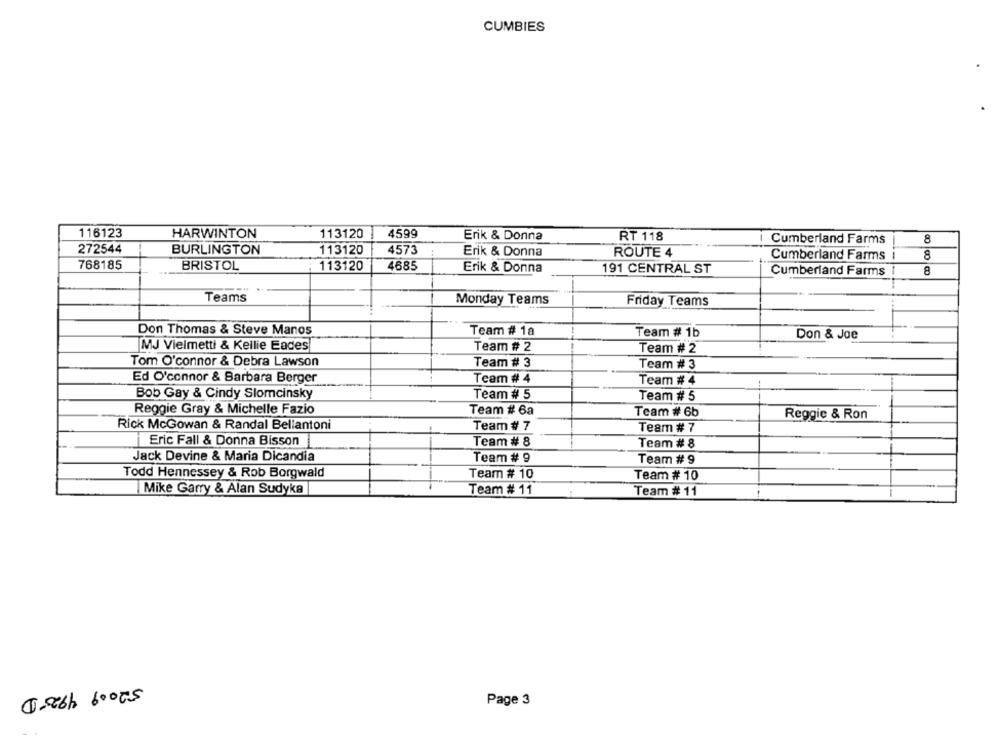
CUMBIES
116123
HARWINTON
113120
4599
Erik & Donna
RT 118
Cumberland Farms
8
272544
BURLINGTON
113120
4573
Erik & Donna
ROUTE 4
Cumberland Farms
8
768185
BRISTOL
113120
4685
Erik & Donna
191 CENTRAL ST
Cumberland Farms
8
Teams
Monday Teams
Friday Teams
Don Thomas & Steve Manos
Team # 1a
Team # 1b
Don & Joe
MJ Vielmetti & Kellie Eades
Team # 2
Team # 2
Tom O'connor & Debra Lawson
Team # 3
Team # 3
Ed O'connor & Barbara Berger
Team # 4
Team # 4
Bob Gay & Cindy Slomcinsky
Team # 5
Team # 5
Reggie Gray & Michelle Fazio
Team # 6a
Team # 6b
Reggic & Ron
Rick McGowan & Randal Bellantoni
Team # 7
Team # 7
Eric Fall & Donna Bisson
Team # 8
Team # 8
Jack Devine & Maria Dicandia
Team # 9
Team # 9
Todd Hennessey & Rob Borgwald
Team # 10
Team # 10
Team # 11
Mike Garry & Alan Sudyka
Team # 11
1-86h 60005
Page 3